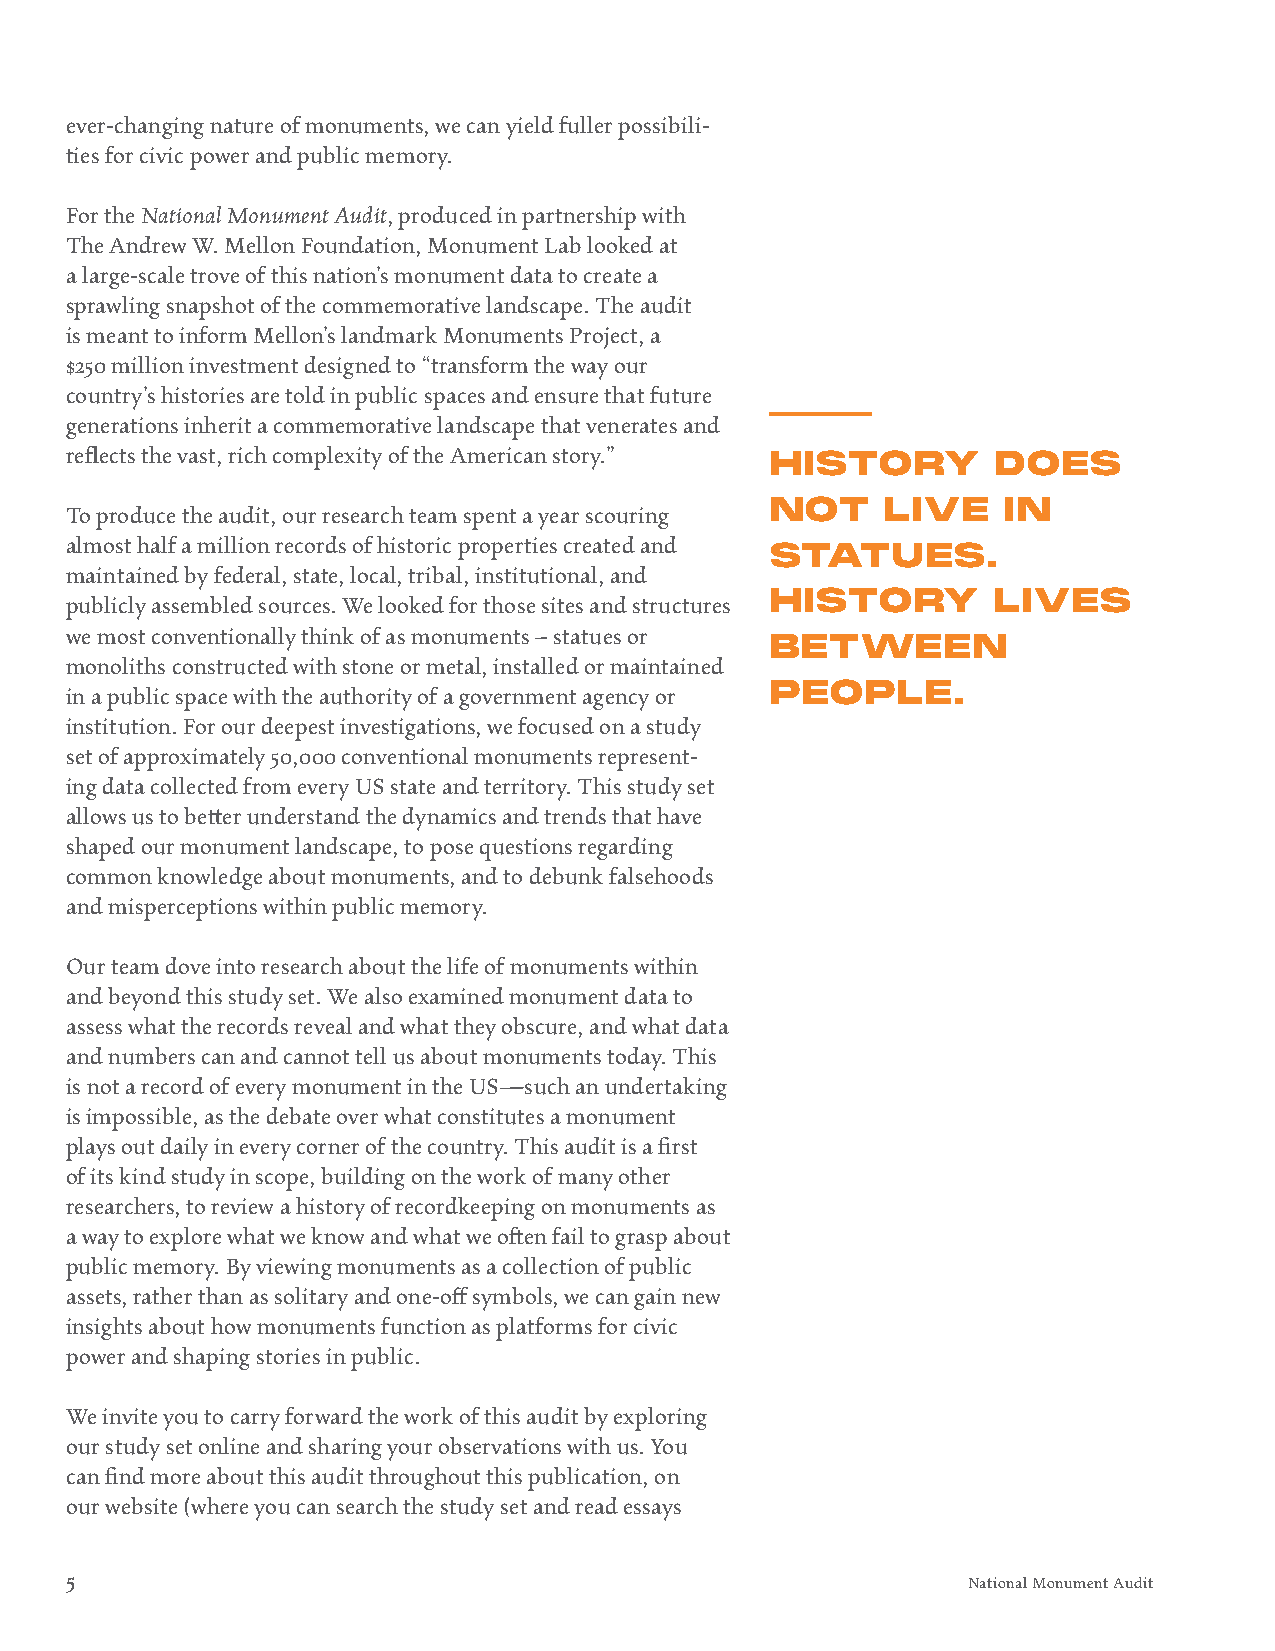
ever-changing nature of monuments, we can yield fuller possibili-
 ties for civic power and public memory.
 For the National Monument Audit, produced in partnership with
 The Andrew W. Mellon Foundation, Monument Lab looked at
 a large-scale trove of this nation’s monument data to create a
 sprawling snapshot of the commemorative landscape. The audit
 is meant to inform Mellon’s landmark Monuments Project, a
 $250 million investment designed to “transform the way our
 country’s histories are told in public spaces and ensure that future
 generations inherit a commemorative landscape that venerates and
 reflects the vast, rich complexity of the American story.” HISTORY DOES
 NOT     LIVE   IN
 To produce the audit, our research team spent a year scouring
 almost half a million records of historic properties created and
 STATUES.
 maintained by federal, state, local, tribal, institutional, and
 HISTORY        LIVES
 publicly assembled sources. We looked for those sites and structures
 we most conventionally think of as monuments – statues or
 BETWEEN
 monoliths constructed with stone or metal, installed or maintained
 in a public space with the authority of a government agency or PEOPLE.
 institution. For our deepest investigations, we focused on a study
 set of approximately 50,000 conventional monuments represent-
 ing data collected from every US state and territory. This study set
 allows us to better understand the dynamics and trends that have
 shaped our monument landscape, to pose questions regarding
 common knowledge about monuments, and to debunk falsehoods
 and misperceptions within public memory.
 Our team dove into research about the life of monuments within
 and beyond this study set. We also examined monument data to
 assess what the records reveal and what they obscure, and what data
 and numbers can and cannot tell us about monuments today. This
 is not a record of every monument in the US—such an undertaking
 is impossible, as the debate over what constitutes a monument
 plays out daily in every corner of the country. This audit is a first
 of its kind study in scope, building on the work of many other
 researchers, to review a history of recordkeeping on monuments as
 a way to explore what we know and what we often fail to grasp about
 public memory. By viewing monuments as a collection of public
 assets, rather than as solitary and one-off symbols, we can gain new
 insights about how monuments function as platforms for civic
 power and shaping stories in public.
 We invite you to carry forward the work of this audit by exploring
 our study set online and sharing your observations with us. You
 can find more about this audit throughout this publication, on
 our website (where you can search the study set and read essays
 5                                                           National Monument Audit